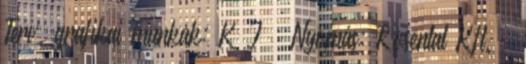
Terv, grafikai munkák: KᵒJ · Nyomás: Rosental Kft. ·